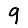
Digit: 9